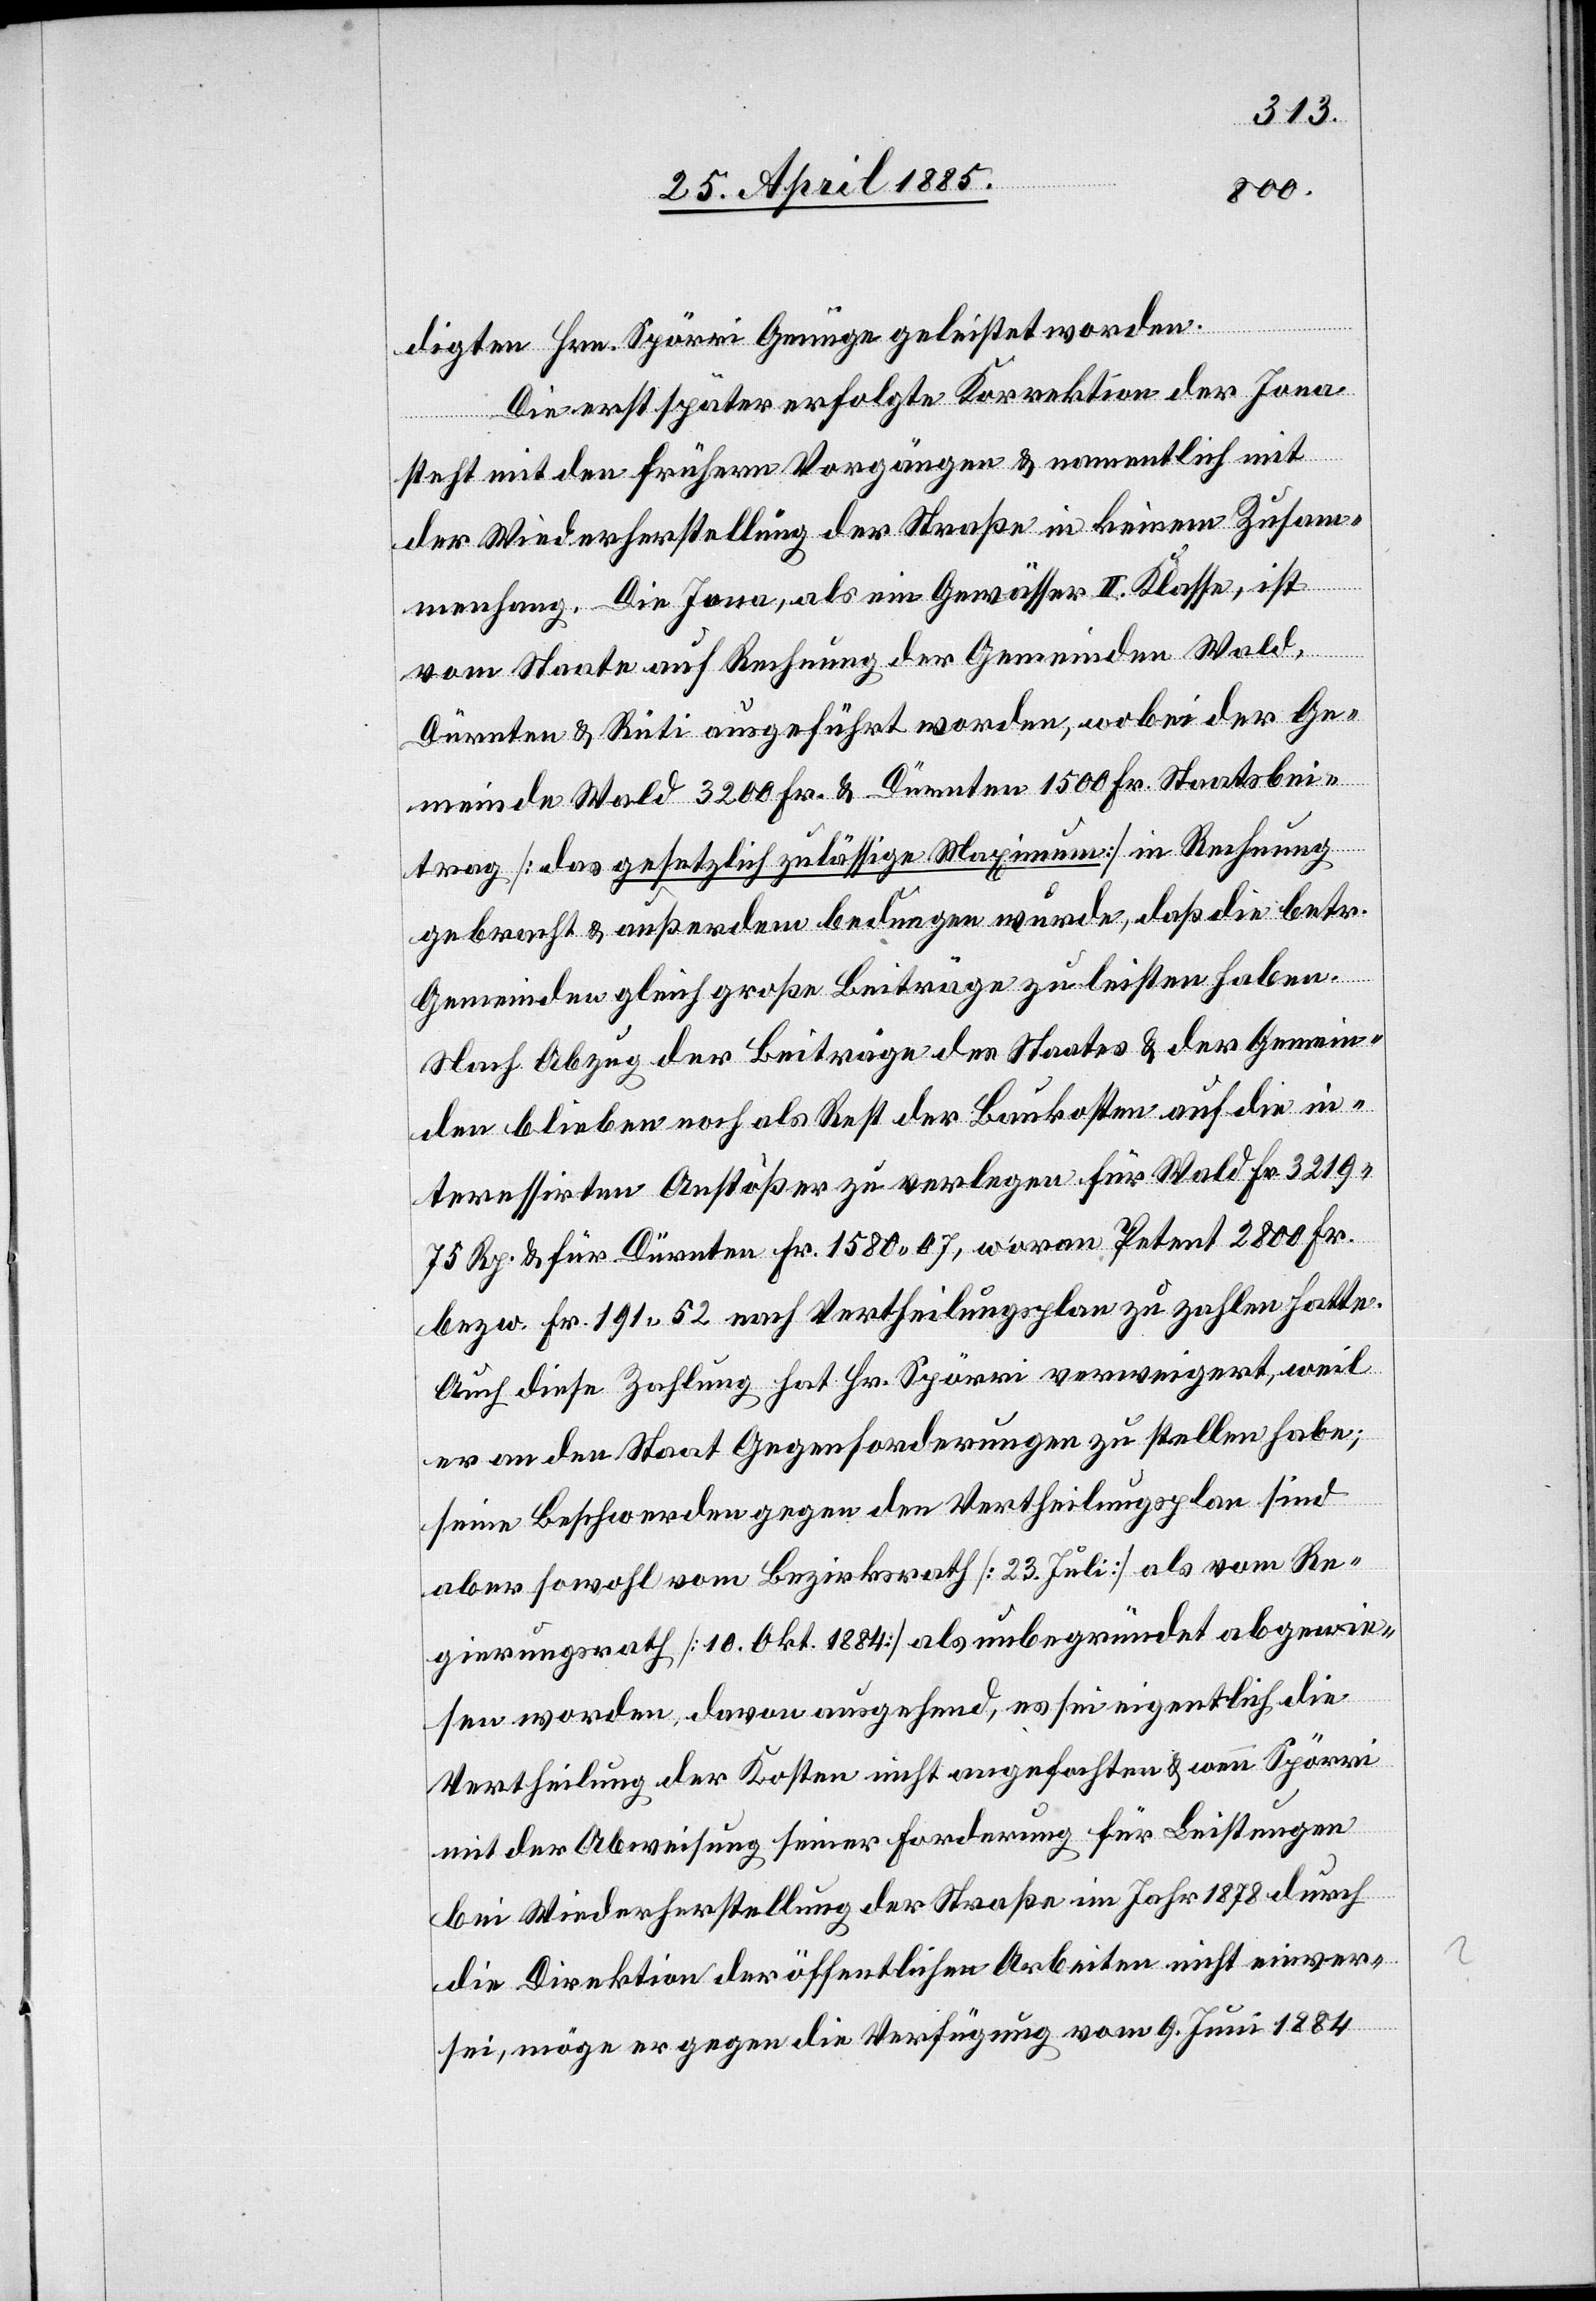
digten Hrn. Spörri Genüge geleistet worden.
Die erst später erfolgte Korrektion der Jona
n]
tande¬
steht mit den frühern Vorgängen & namentlich mit
der Wiederherstellung der Straße in keinem Zusam¬
menhang. Die Jona, als ein Gewässer II. Klasse, ist
vom Staate auf Rechnung der Gemeinden Wald,
Dürnten & Rüti ausgeführt worden, wobei der Ge¬
meinde Wald 3200 Fr. & Dürnten 1500 Fr. Staatsbei¬
trag [das gesetzlich zulässige Maximum] in Rechnung
gebracht & außerdem bedungen wurde, daß die betr.
Gemeinden gleich große Beiträge zu leisten haben.
Nach Abzug der Beiträge des Staates & der Gemein¬
den blieben noch als Rest der Baukosten auf die in¬
teressirten Anstößer zu verlegen für Wald Fr. 3219
75 Rp. & für Dürnten Fr. 1580 07, wovon Petent 2800 Fr.
bezw. Fr. 191 52 nach Vertheilungsplan zu zahlen hatte.
Auch diese Zahlung hat Hr. Spörri verweigert, weil
er an den Staat Gegenforderungen zu stellen habe;
seine Beschwerden gegen den Vertheilungsplan sind
aber sowohl vom Bezirksrath [23. Juli] als vom Re¬
gierungsrath [10. Okt. 1884] als unbegründet abgewie¬
sen worden, davon ausgehend, es sei eigentlich die
Vertheilung der Kosten nicht angefochten & wenn Spörri
mit der Abweisung seiner Forderung für Leistungen
bei Wiederherstellung der Straße im Jahr 1878 durch
die Direktion der öffentlichen Arbeiten nicht einve¬
sei, möge er gegen die Verfügung vom 9. Juni 1884